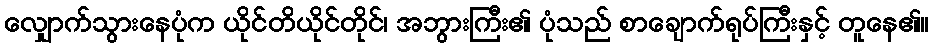
လျှောက်သွားနေပုံက ယိုင်တိယိုင်တိုင်၊ အဘွားကြီး၏ ပုံသည် စာချောက်ရုပ်ကြီးနှင့် တူနေ၏။